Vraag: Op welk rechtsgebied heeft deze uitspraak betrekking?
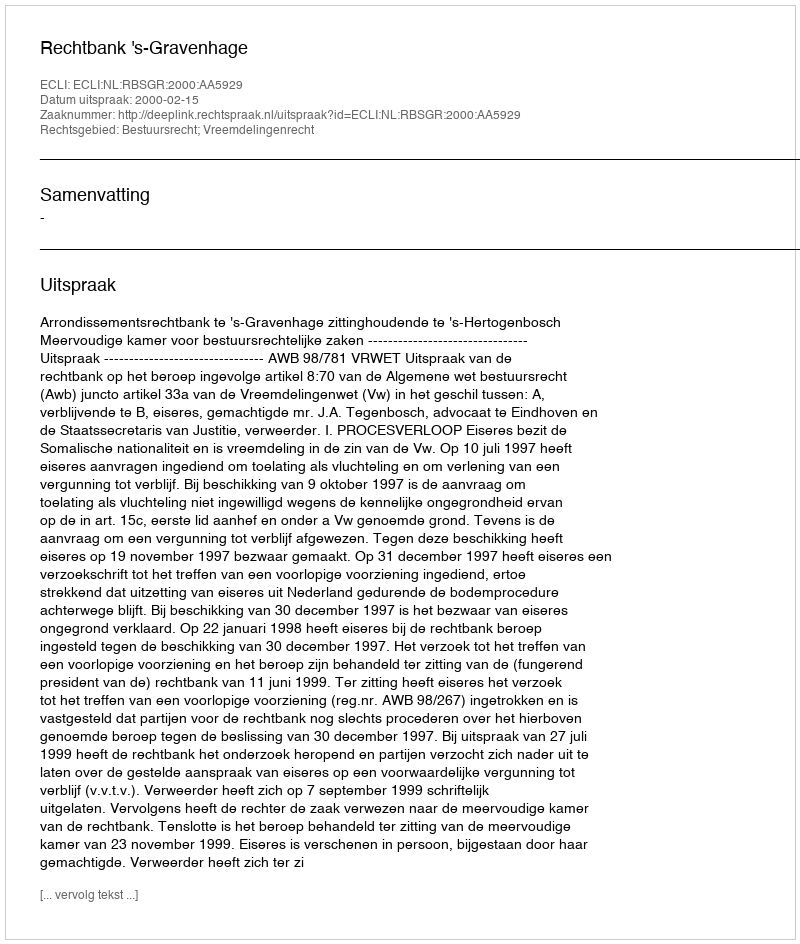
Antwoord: Bestuursrecht; Vreemdelingenrecht